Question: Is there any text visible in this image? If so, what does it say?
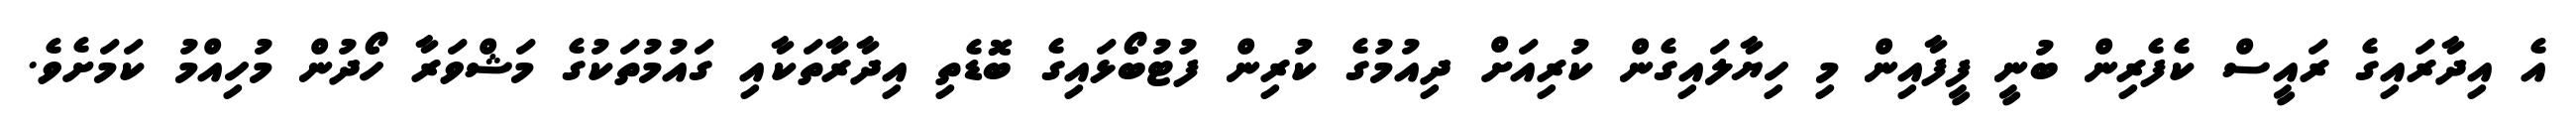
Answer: އެ އިދާރައިގެ ރައީސް ކެފެރިން ބުނީ ފީފާއިން މި ހިޔާލައިގެން ކުރިއަށް ދިއުމުގެ ކުރިން ފުޓުބޯޅައިގެ ބޮޑެތި އިދާރާތަކާއި ގައުމުތަކުގެ މަޝްވަރާ ހޯދުން މުހިއްމު ކަމަށެވެ.